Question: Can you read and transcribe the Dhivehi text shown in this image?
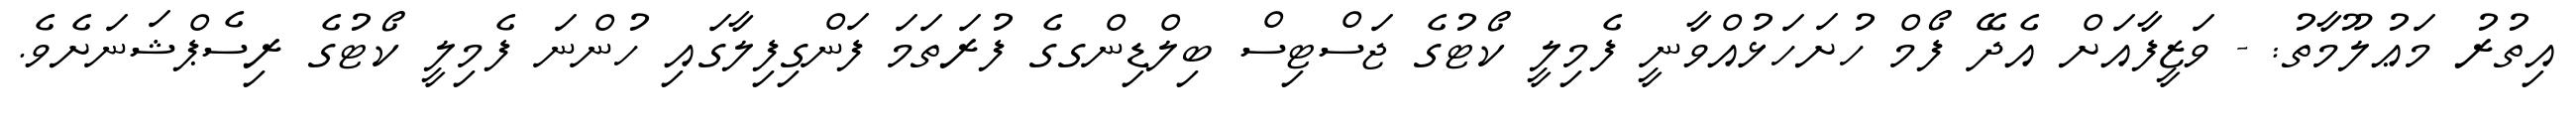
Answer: އިތުރު މަޢުލޫމާތު: - ވަޒީފާއަށް އެދޭ ފޯމް ހުށަހަޅުއްވާނީ ފެމިލީ ކޯޓުގެ ޖަސްޓިސް ބިލްޑިންގގެ ފުރަތަމަ ފަންގިފިލާގައި ހުންނަ ފެމިލީ ކޯޓުގެ ރިސެޕްޝަނަށެވެ.